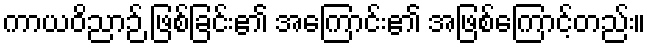
ကာယဝိညာဉ် ဖြစ်ခြင်း၏ အကြောင်း၏ အဖြစ်ကြောင့်တည်း။